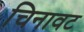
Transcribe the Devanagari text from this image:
चिनावट